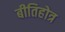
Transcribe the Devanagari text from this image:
बीतिहोत्र